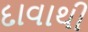
દાવાથી